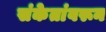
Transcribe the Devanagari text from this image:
संकेतांवरून